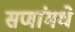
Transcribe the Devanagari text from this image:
सणांमधे